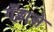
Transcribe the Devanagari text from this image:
गँड़ासे